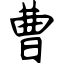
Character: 曹